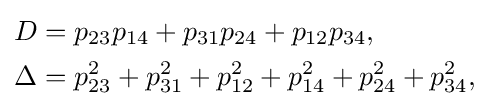
{\begin{aligned}D&=p_{23}p_{14}+p_{31}p_{24}+p_{12}p_{34},\\\Delta &=p_{23}^{2}+p_{31}^{2}+p_{12}^{2}+p_{14}^{2}+p_{24}^{2}+p_{34}^{2},\end{aligned}}